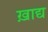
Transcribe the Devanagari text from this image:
ख़ाद्य